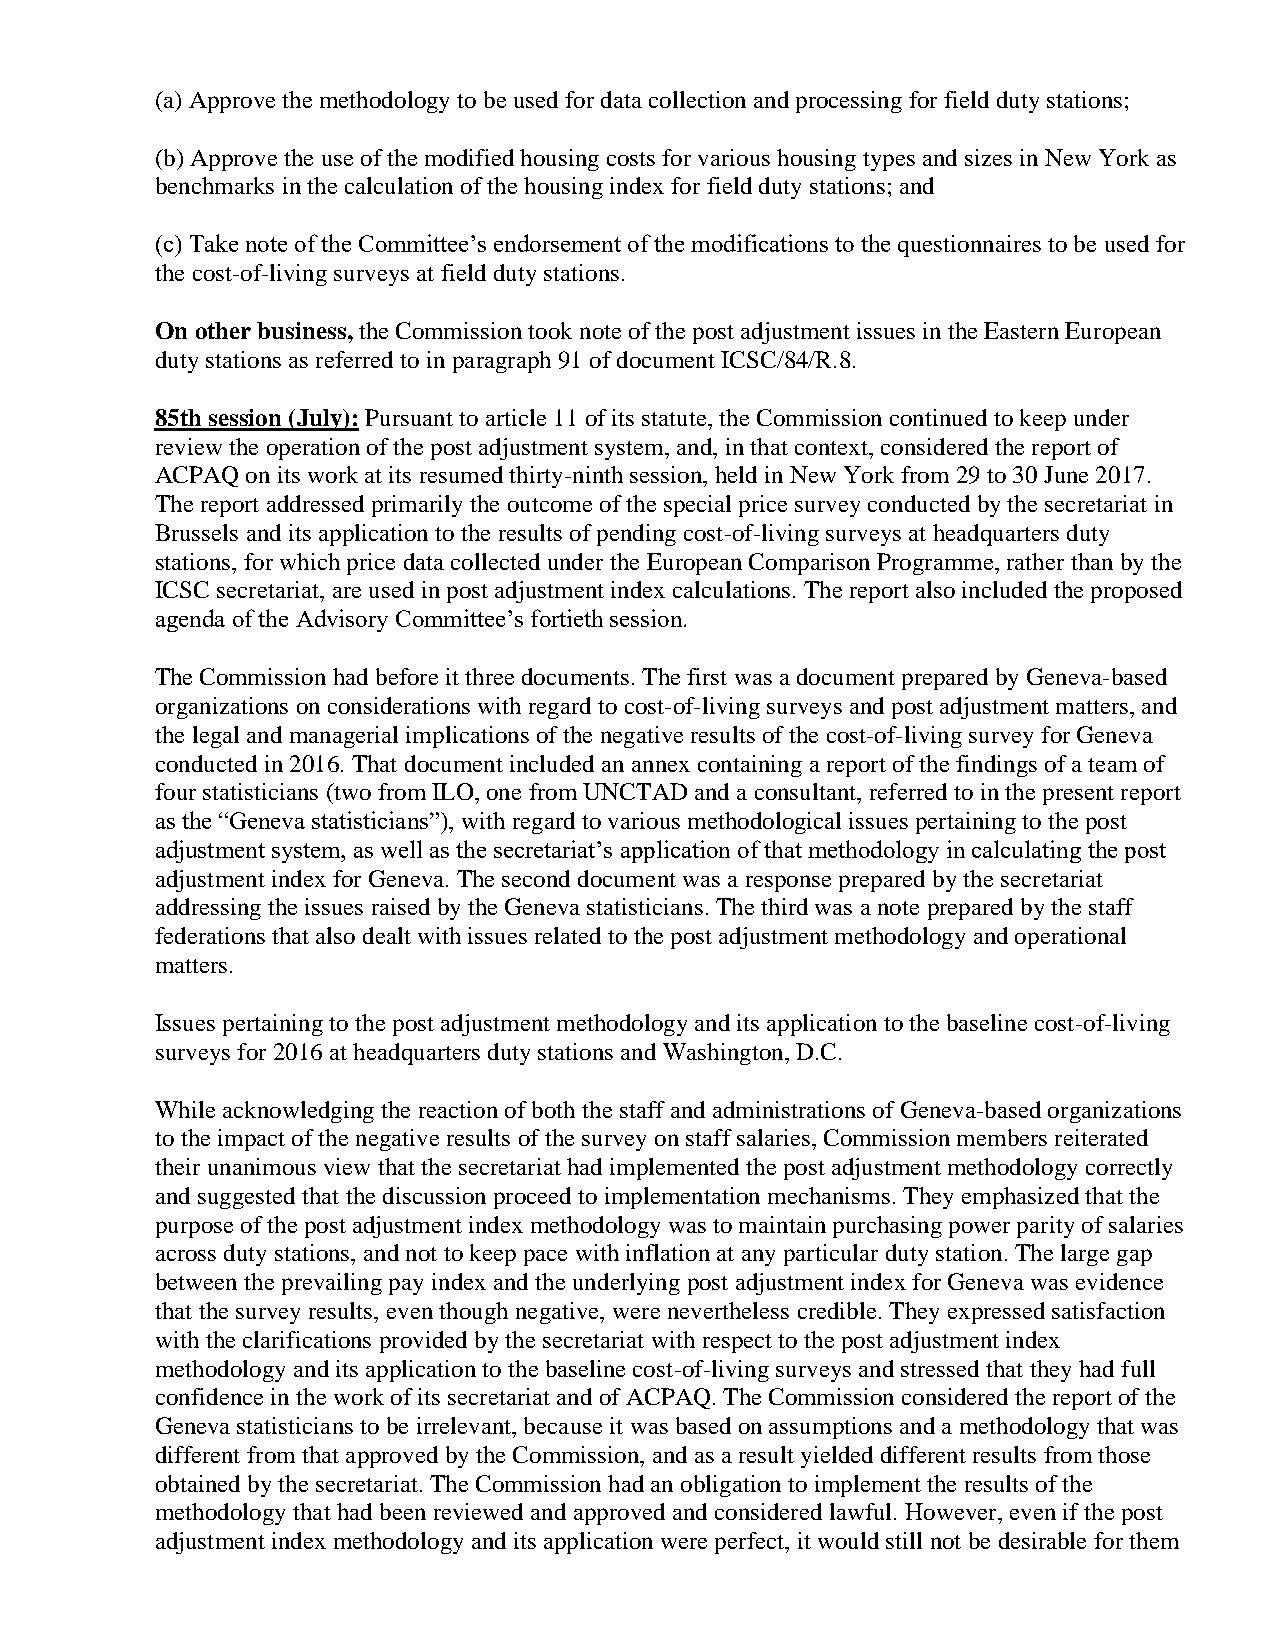
(a) Approve the methodology to be used for data collection and processing for field duty stations;
 (b) Approve the use of the modified housing costs for various housing types and sizes in New York as
 benchmarks in the calculation of the housing index for field duty stations; and
 (c) Take note of the Committee’s endorsement of the modifications to the questionnaires to be used for
 the cost-of-living surveys at field duty stations.
 On other business, the Commission took note of the post adjustment issues in the Eastern European
 duty stations as referred to in paragraph 91 of document ICSC/84/R.8.
 85th session (July): Pursuant to article 11 of its statute, the Commission continued to keep under
 review the operation of the post adjustment system, and, in that context, considered the report of
 ACPAQ on its work at its resumed thirty-ninth session, held in New York from 29 to 30 June 2017.
 The report addressed primarily the outcome of the special price survey conducted by the secretariat in
 Brussels and its application to the results of pending cost-of-living surveys at headquarters duty
 stations, for which price data collected under the European Comparison Programme, rather than by the
 ICSC secretariat, are used in post adjustment index calculations. The report also included the proposed
 agenda of the Advisory Committee’s fortieth session.
 The Commission had before it three documents. The first was a document prepared by Geneva-based
 organizations on considerations with regard to cost-of-living surveys and post adjustment matters, and
 the legal and managerial implications of the negative results of the cost-of-living survey for Geneva
 conducted in 2016. That document included an annex containing a report of the findings of a team of
 four statisticians (two from ILO, one from UNCTAD and a consultant, referred to in the present report
 as the “Geneva statisticians”), with regard to various methodological issues pertaining to the post
 adjustment system, as well as the secretariat’s application of that methodology in calculating the post
 adjustment index for Geneva. The second document was a response prepared by the secretariat
 addressing the issues raised by the Geneva statisticians. The third was a note prepared by the staff
 federations that also dealt with issues related to the post adjustment methodology and operational
 matters.
 Issues pertaining to the post adjustment methodology and its application to the baseline cost-of-living
 surveys for 2016 at headquarters duty stations and Washington, D.C.
 While acknowledging the reaction of both the staff and administrations of Geneva-based organizations
 to the impact of the negative results of the survey on staff salaries, Commission members reiterated
 their unanimous view that the secretariat had implemented the post adjustment methodology correctly
 and suggested that the discussion proceed to implementation mechanisms. They emphasized that the
 purpose of the post adjustment index methodology was to maintain purchasing power parity of salaries
 across duty stations, and not to keep pace with inflation at any particular duty station. The large gap
 between the prevailing pay index and the underlying post adjustment index for Geneva was evidence
 that the survey results, even though negative, were nevertheless credible. They expressed satisfaction
 with the clarifications provided by the secretariat with respect to the post adjustment index
 methodology and its application to the baseline cost-of-living surveys and stressed that they had full
 confidence in the work of its secretariat and of ACPAQ. The Commission considered the report of the
 Geneva statisticians to be irrelevant, because it was based on assumptions and a methodology that was
 different from that approved by the Commission, and as a result yielded different results from those
 obtained by the secretariat. The Commission had an obligation to implement the results of the
 methodology that had been reviewed and approved and considered lawful. However, even if the post
 adjustment index methodology and its application were perfect, it would still not be desirable for them